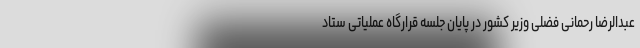
عبدالرضا رحمانی فضلی وزیر کشور در پایان جلسه قرارگاه عملیاتی ستاد